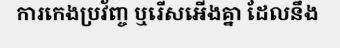
ការកេងប្រវ័ញ្ច ឬរើសអើងគ្នា ដែលនឹង